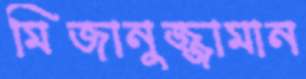
মিজানুজ্জামান